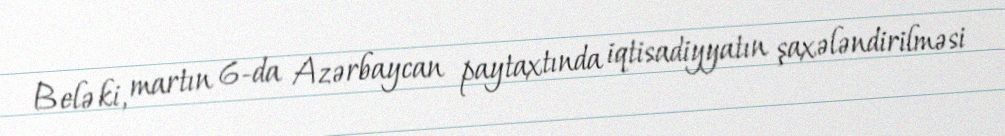
Belə ki, martın 6-da Azərbaycan paytaxtında iqtisadiyyatın şaxələndirilməsi